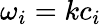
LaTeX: \omega_{i}=kc_{i}